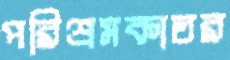
পরিশ্রমকাতর